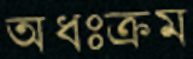
অধঃক্রম